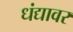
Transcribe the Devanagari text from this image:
धंद्यावर